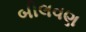
બીલવણ